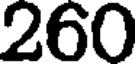
260